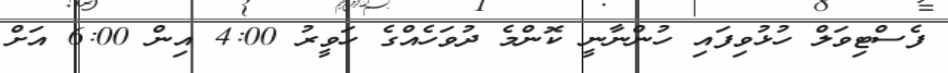
ފެސްޓިވަލް ހުޅުވިފައި ހުންނާނީ ކޮންމެ ދުވަހެއްގެ ހަވީރު 4:00 އިން 6:00 އަށް